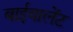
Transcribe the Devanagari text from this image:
बाईवालेंट